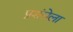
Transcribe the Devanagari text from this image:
प्रशंसेला